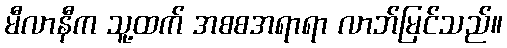
မီလာနီက သူ့ထက် အစစအရာရာ လာဘ်မြင်သည်။